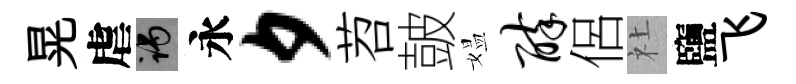
晃虐谒永夕苕皷媪醉侶社鹽飞